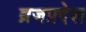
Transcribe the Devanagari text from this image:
ब्रजप्रदेश